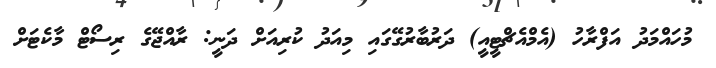
މުހައްމަދު އަފްރާހު (އެމްއެޗްޓީއީ) ދަރުބާރުގޭގައި މިއަދު ކުރިއަށް ދަނީ: ރާއްޖޭގެ ރިސޯޓް މާކެޓަށް